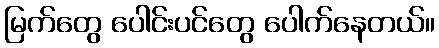
မြက်တွေ ပေါင်းပင်တွေ ပေါက်နေတယ်။